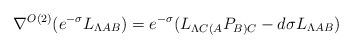
LaTeX: \begin{align*}\nabla^{O(2)} (e^{-\sigma}L_{\Lambda AB}) = e^{-\sigma}( L_{\Lambda C(A} P_{B)C} - d\sigma L_{\Lambda AB} )\end{align*}